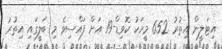
އިޓަލީން އިތުރު 652 މީހަކު ކޮވިޑް-19 އަށް ފައްސިވެ މި ބަލީގައި އިތުރު